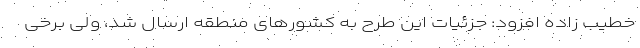
خطیب زاده افزود: جزئیات این طرح به کشور‌های منطقه ارسال شد، ولی برخی